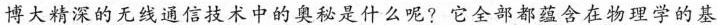
博大精深的无线通信技术中的奥秘是什么呢?它全部都蕴含在物理学的基